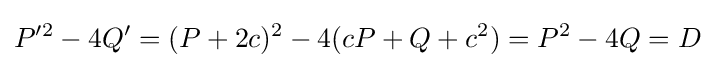
P'^{2}-4Q'=(P+2c)^{2}-4(cP+Q+c^{2})=P^{2}-4Q=D